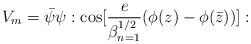
LaTeX: \begin{align*}V_m = {\bar \psi} \psi : {\rm cos} [{e \over \beta^{1/2}_{n=1}}(\phi(z) - \phi({\bar z}))]:\end{align*}